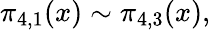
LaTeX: \pi_{4,1}(x)\sim\pi_{4,3}(x),